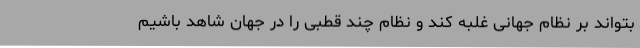
بتواند بر نظام جهانی غلبه کند و نظام چند قطبی را در جهان شاهد باشیم